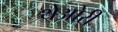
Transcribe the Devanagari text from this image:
थेओरी